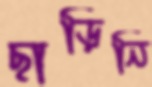
ছাড়িনি